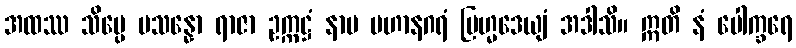
အထဿ သိပ္ပေ ပသန္နော ရာဇာ ဥက္ကဋ္ဌံ နာမ မဟာနဂရံ ဗြဟ္မဒေယျံ အဒါသိ။ ဣတိ နံ ပေါက္ခရေ